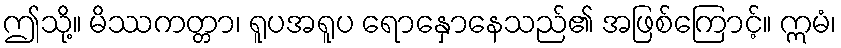
ဤသို့။ မိဿကတ္တာ၊ ရူပအရူပ ရောနှောနေသည်၏ အဖြစ်ကြောင့်။ ဣမံ၊